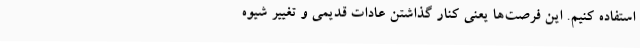
استفاده کنیم. این فرصت‌ها یعنی کنار گذاشتن عادات قدیمی و تغییر شیوه